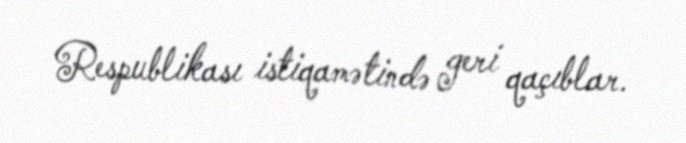
Respublikası istiqamətində geri qaçıblar.